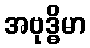
အဗုဒ္ဓိမာ